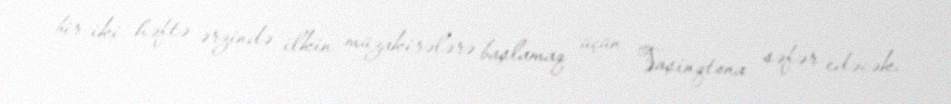
bir-iki həftə ərzində ilkin müzakirələrə başlamaq üçün Vaşinqtona səfər edəcək.